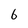
Character: 6